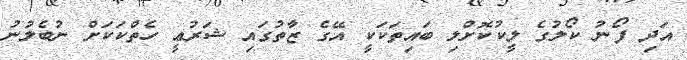
އަދި ފޯނު ކޯލުގެ ލީކުކޮށްލި ބައިތަކަކީ އޭގެ ޒާތުގައި ޝަރުޢީ ހެތްކަކަށް ނުބެލުނު